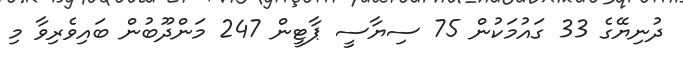
ދުނިޔޭގެ 33 ގައުމަކުން 75 ސިޔާސީ ޕާޓީން 247 މަންދޫބުން ބައިވެރިވާ މި